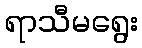
ရာသီမရွေး